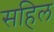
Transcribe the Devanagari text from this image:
सहिल